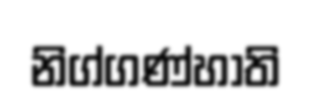
නිග්ගණ්හාති